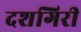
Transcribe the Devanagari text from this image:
दशगिरी